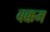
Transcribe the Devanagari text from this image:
बक्कम